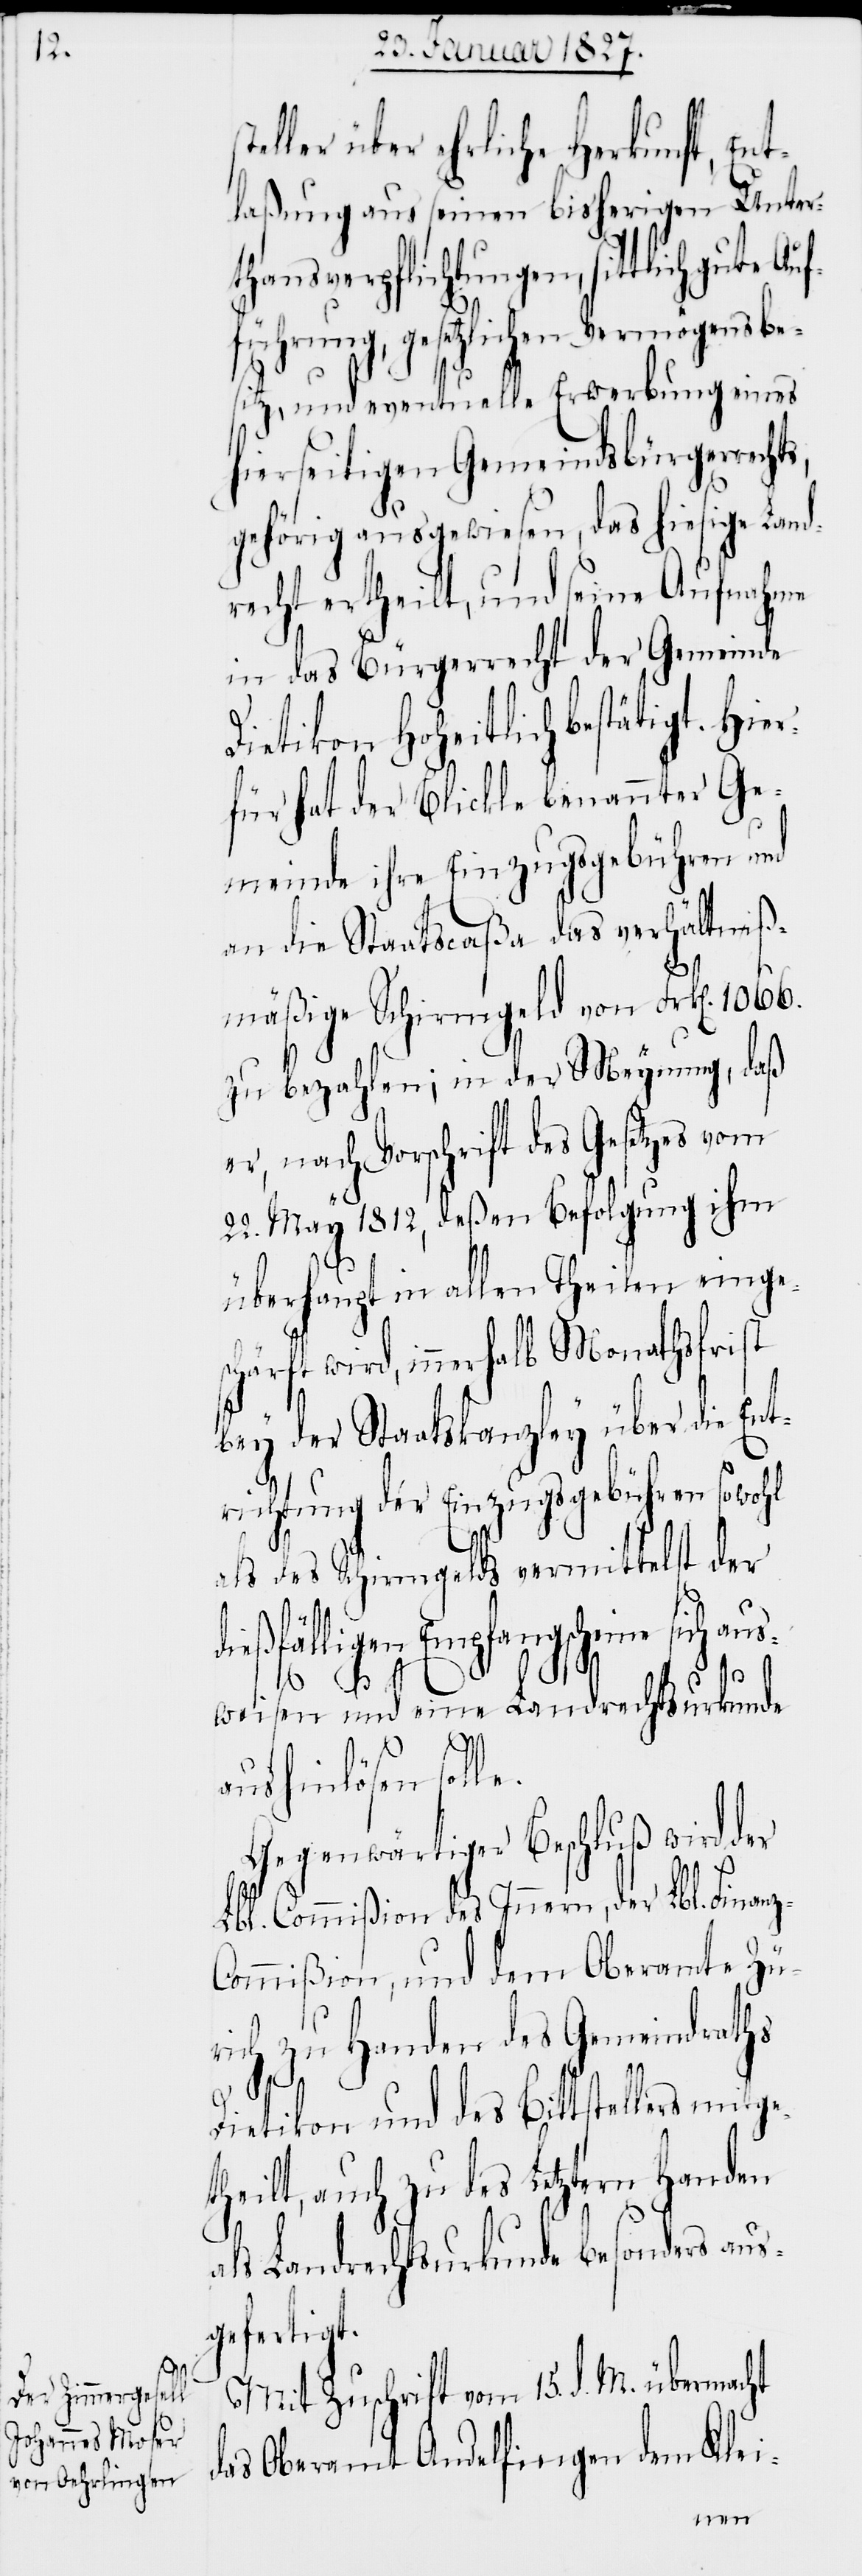
eller über ehrliche Herkunft, Ent¬
laßung aus seinen bisherigen Unter¬
thansverpflichtungen, sittlich gute
führung, gesetzlichen Vermögensbe¬
sitz, und eventuelle Erwerbung eines
hierseitigen Gemeindsbürgerrecht¬
gehörig ausgewiesen, das hiesige Land¬
recht ertheilt, und seine Aufnahme
in das Bürgerrecht der Gemeinde
Dietikon Hoheitlich bestätigt.
für hat der Blickle benannter Ge¬
meinde ihre Einzugsgebühren und
an die Staatscaßa das verhältniß¬
mäßige Schirmgeld von Frk[en]. 1066.
zu bezahlen; in der Meynung, daß
er, nach Vorschrift des Gesetzes vom
22. May 1812, deßen Befolgung ihm
überhaupt in allen Theilen einges¬
chärft wird, innerhalb Monathsfrist
bey der Staatskanzley über die Ent¬
richtung der Einzugsgebühren sowohl
als des Schirmgelds vermittelst der
dießfälligen Empfangsscheine sich aus¬
s,
weisen und eine Landrechtsurkunde
das
aushinlösen solle.
Gegenwärtiger Beschluß wird der
Lbl. Commißion des Innern, der Lbl. Finan¬
ommißion, und dem Oberamte Zü¬
rich zu Handen des Gemeindraths
z-C¬
Dietikon und des Bittstellers mitget¬
heilt, auch zu des Letztern Handen
als Landrechtsurkunde besonders aus¬
gefertigt.
Mit Zuschrift vom 15. d. M. übermacht